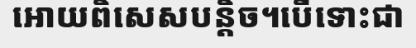
អោយពិសេសបន្តិច។បើទោះជា